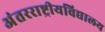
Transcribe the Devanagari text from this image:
अंतरराष्ट्रीयविद्यालय